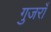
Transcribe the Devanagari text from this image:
गुजराँ